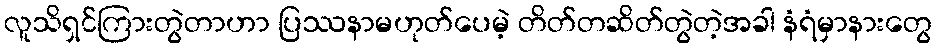
လူသိရှင်ကြားတွဲတာဟာ ပြဿနာမဟုတ်ပေမဲ့ တိတ်တဆိတ်တွဲတဲ့အခါ နံရံမှာနားတွေ